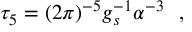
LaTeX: \tau _ { 5 } = ( 2 \pi ) ^ { - 5 } g _ { s } ^ { - 1 } \alpha ^ { - 3 } ~ ~ ,